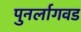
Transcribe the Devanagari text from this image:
पुनर्लागवड